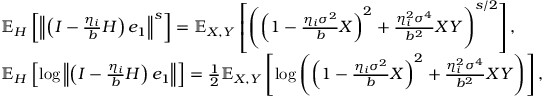
\begin{array} { r l } & { \mathbb { E } _ { H } \left[ \left\Vert \left( I - \frac { \eta _ { i } } { b } H \right) e _ { 1 } \right\Vert ^ { s } \right] = \mathbb { E } _ { X , Y } \left[ \left( \left( 1 - \frac { \eta _ { i } \sigma ^ { 2 } } { b } X \right) ^ { 2 } + \frac { \eta _ { i } ^ { 2 } \sigma ^ { 4 } } { b ^ { 2 } } X Y \right) ^ { s / 2 } \right] , } \\ & { \mathbb { E } _ { H } \left[ \log \left\Vert \left( I - \frac { \eta _ { i } } { b } H \right) e _ { 1 } \right\Vert \right] = \frac { 1 } { 2 } \mathbb { E } _ { X , Y } \left[ \log \left( \left( 1 - \frac { \eta _ { i } \sigma ^ { 2 } } { b } X \right) ^ { 2 } + \frac { \eta _ { i } ^ { 2 } \sigma ^ { 4 } } { b ^ { 2 } } X Y \right) \right] , } \end{array}